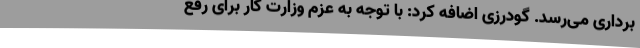
‌برداری می‌رسد. گودرزی اضافه کرد: با توجه به عزم وزارت کار برای رفع